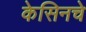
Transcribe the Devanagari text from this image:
केसिनचे